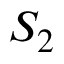
S _ { 2 }